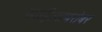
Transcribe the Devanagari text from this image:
साहित्याबरोबर